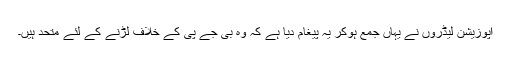
اپوزیشن لیڈروں نے یہاں جمع ہوکر یہ پیغام دیا ہے کہ وہ بی جے پی کے خلاف لڑنے کے لئے متحد ہیں۔